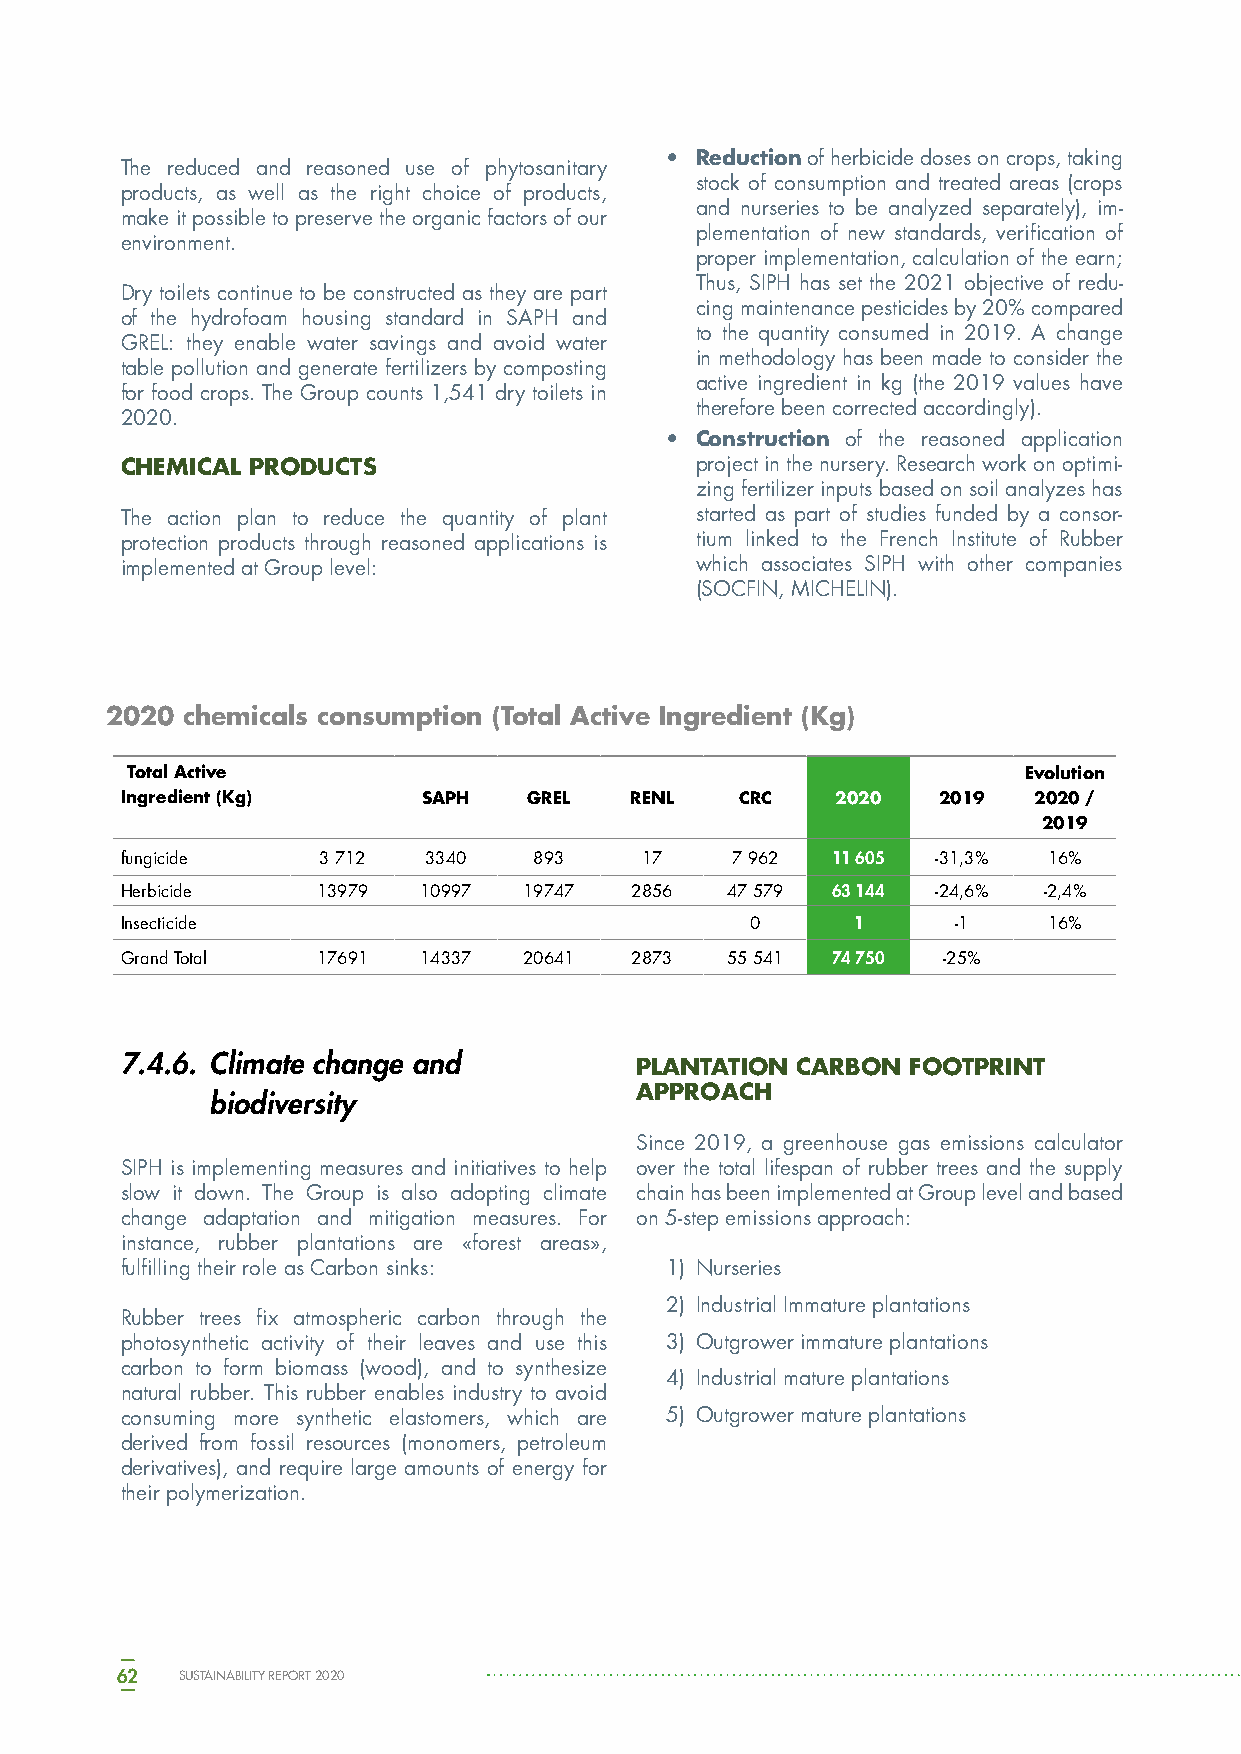
• Reduction of herbicide doses on crops, taking
 The reduced and reasoned use of phytosanitary
 stock of consumption and treated areas (crops
 products, as well as the right choice of products,
 and nurseries to be analyzed separately), im-
 make it possible to preserve the organic factors of our
 plementation of new standards, verification of
 environment.
 proper implementation, calculation of the earn;
 Thus, SIPH has set the 2021 objective of redu-
 Dry toilets continue to be constructed as they are part
 cing maintenance pesticides by 20% compared
 of the hydrofoam housing standard in SAPH and
 to the quantity consumed in 2019. A change
 GREL: they enable water savings and avoid water
 in methodology has been made to consider the
 table pollution and generate fertilizers by composting
 active ingredient in kg (the 2019 values have
 for food crops. The Group counts 1,541 dry toilets in
 therefore been corrected accordingly).
 2020.
 • Construction of the reasoned application
 CHEMICAL PRODUCTS                     project in the nursery. Research work on optimi-
 zing fertilizer inputs based on soil analyzes has
 The action plan to reduce the quantity of plant started as part of studies funded by a consor-
 protection products through reasoned applications is tium linked to the French Institute of Rubber
 implemented at Group level:           which associates SIPH with other companies
 (SOCFIN, MICHELIN).
 2020 chemicals consumption (Total Active Ingredient (Kg)
 Total Active                                                Evolution
 Ingredient (Kg)     SAPH   GREL   RENL   CRC   2020   2019  2020 /
 2019
 fungicide    3 712  3340   893    17    7 962  11 605 -31,3% 16%
 Herbicide    13979  10997  19747  2856  47 579 63 144 -24,6% -2,4%
 Insecticide                               0     1      -1    16%
 Grand Total  17691  14337  20641  2873  55 541 74 750 -25%
 7.4.6. Climate change and         PLANTATION CARBON FOOTPRINT
 APPROACH
 biodiversity
 Since 2019, a greenhouse gas emissions calculator
 SIPH is implementing measures and initiatives to help over the total lifespan of rubber trees and the supply
 slow it down. The Group is also adopting climate chain has been implemented at Group level and based
 change adaptation and mitigation measures. For on 5-step emissions approach:
 instance, rubber plantations are «forest areas»,
 fulfilling their role as Carbon sinks: 1) Nurseries
 2) Industrial Immature plantations
 Rubber trees fix atmospheric carbon through the
 photosynthetic activity of their leaves and use this 3) Outgrower immature plantations
 carbon to form biomass (wood), and to synthesize
 4) Industrial mature plantations
 natural rubber. This rubber enables industry to avoid
 consuming more synthetic elastomers, which are 5) Outgrower mature plantations
 derived from fossil resources (monomers, petroleum
 derivatives), and require large amounts of energy for
 their polymerization.
 62  SUSTAINABILITY REPORT 2020